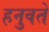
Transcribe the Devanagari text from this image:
हनुवते